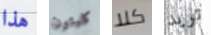
هذا كليتون كلا تريد